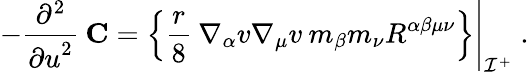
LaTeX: -\frac{\partial^{2}}{{\partial u}^{2}}\: {\mathbf C}=\left\{ \frac{r}{8}\: \nabla_{\alpha}v\nabla_{\mu}v\: m_{\beta}m_{\nu}R^{\alpha\beta\mu\nu}\right\} \Biggl|_{{\cal I}^{+}}\; .